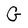
Character: G